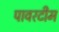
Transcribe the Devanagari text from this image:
पावरटीम